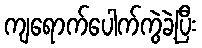
ကျရောက်ပေါက်ကွဲခဲ့ပြီး